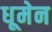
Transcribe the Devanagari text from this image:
धूमेन